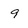
Character: 9